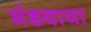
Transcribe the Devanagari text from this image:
मंडवाया